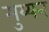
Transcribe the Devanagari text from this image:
मुय्यन